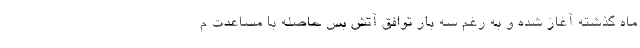
ماه گذشته آغاز شده و به رغم سه بار توافق آتش بس حاصله با مساعدت م